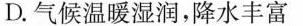
D.气候温暖湿润，降水丰富